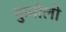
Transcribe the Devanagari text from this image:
कुमीली